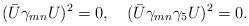
LaTeX: \begin{align*}(\bar U\gamma_{mn}U)^2=0,\quad(\bar U\gamma_{mn}\gamma_5U)^2=0.\end{align*}